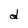
Character: d